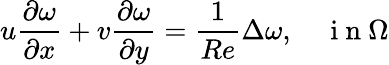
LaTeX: u\frac{\partial\omega}{\partial x}+v\frac{\partial\omega}{\partial y}=\frac{1}{Re}\Delta\omega,\quad\mathrm{~i~n~}\Omega